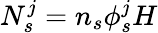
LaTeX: N_{s}^{j}=n_{s}\phi_{s}^{j}H